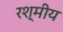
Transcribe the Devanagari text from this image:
रश्मीय